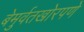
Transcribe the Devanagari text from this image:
बेमुर्वतखोरपणे